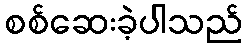
စစ်ဆေးခဲ့ပါသည်